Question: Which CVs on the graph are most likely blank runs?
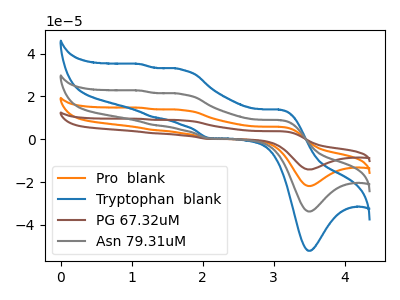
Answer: <think>The orange curve "Pro  blank" has anodic peaks at (3.10V, 17.85uA) (1.70V, 42.05uA) (1.30V, 13.35uA) (1.15V, 45.35uA) and cathodic peaks at (3.50V, -67.45uA) (2.10V, 0.70uA). The blue curve "Tryptophan  blank" has anodic peaks at (3.10V, 13.80uA) (1.70V, 32.45uA) (1.30V, 10.30uA) (1.15V, 35.05uA) and cathodic peaks at (3.50V, -52.05uA) (2.10V, 0.55uA). The brown curve "PG 67.32uM" has anodic peaks at (3.10V, 26.75uA) (1.70V, 63.05uA) (1.30V, 20.05uA) (1.15V, 68.05uA) and cathodic peaks at (3.50V, -101.15uA) (2.10V, 1.00uA). The gray curve "Asn 79.31uM" has anodic peaks at (3.10V, 8.90uA) (1.70V, 21.00uA) (1.30V, 6.70uA) (1.15V, 22.70uA) and cathodic peaks at (3.50V, -33.70uA) (2.10V, 0.35uA).</think>
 <answer>There are not any CV's on this graph that are likely to be blanks.</answer>
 <eval>none</eval>